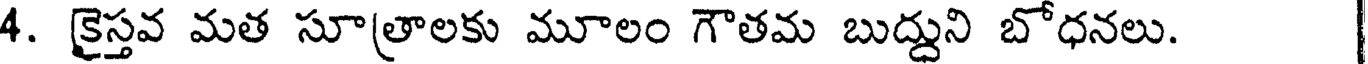
4. క్రైస్తవ మత సూత్రాలకు మూలం గౌతమ బుద్దుని బోధనలు.